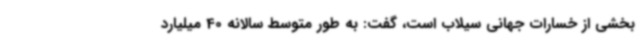
بخشی از خسارات جهانی سیلاب است، گفت: به طور متوسط سالانه 40 میلیارد